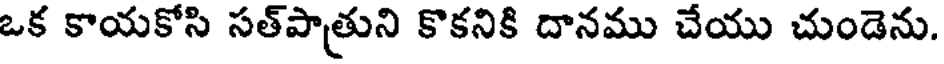
ఒక కాయకోసి సత్పాత్రుని కొకనికి దానము చేయు చుండెను.